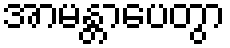
အာမန္တာပေတွာ